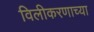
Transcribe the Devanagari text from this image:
विलीकरणाच्या